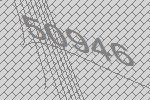
50946